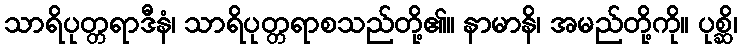
သာရိပုတ္တရာဒီနံ၊ သာရိပုတ္တရာစသည်တို့၏။ နာမာနိ၊ အမည်တို့ကို။ ပုစ္ဆိ၊